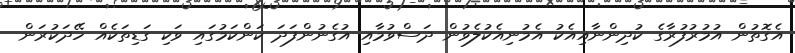
އެގޮތުން އުމުރުފުރާގެ ކުދިންނާއިއެކު އެމުނިއެކުލެވުން ދަސްވުމާއި އުގެނުންފަދަ ކަންކަމުގައި ވަކި ގަޑިތަކެއް ހޭދަކުރަން